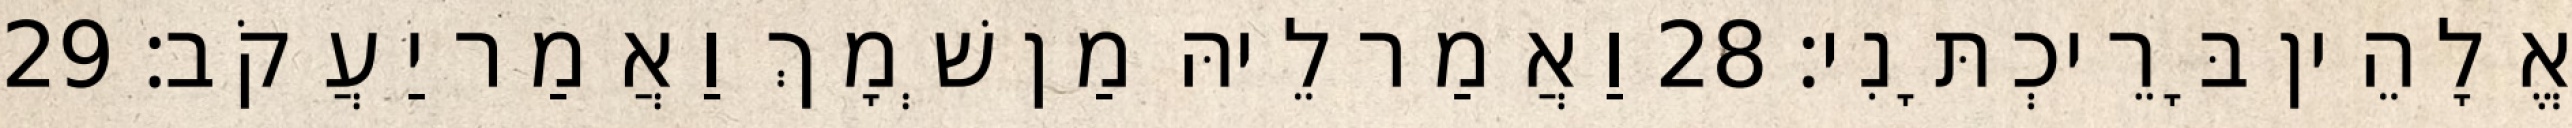
אֱלָהֵין בָּרֵיכְתָּנִי׃ 28 וַאֲמַר לֵיהּ מַן שְׁמָךְ וַאֲמַר יַעֲקֹב׃ 29